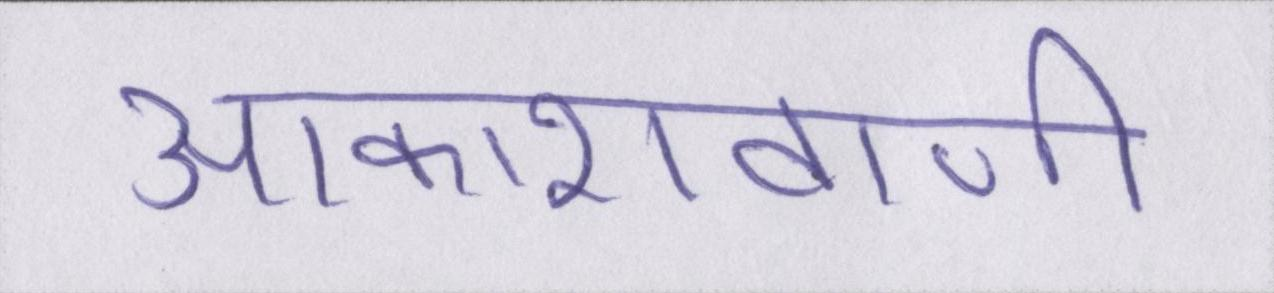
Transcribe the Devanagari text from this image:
आकाशवाणी